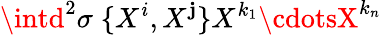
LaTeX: \intd^{2}\sigma\; \{ X^{i},X^{\mathbf{j}}\} X^{k_{1}}\cdotsX^{k_{n}}